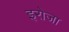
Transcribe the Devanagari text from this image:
इरोजा